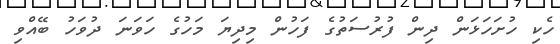
ހެކި ހުށަހަޅަން ދިން ފުރުސަތުގެ ފަހުން މިދިޔަ މަހުގެ ހަވަނަ ދުވަހު ބޭއްވި